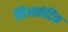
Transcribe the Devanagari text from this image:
निआर्कटिक